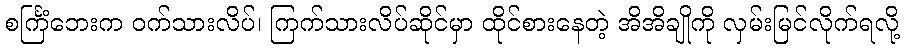
စင်္ကြံဘေးက ဝက်သားလိပ်၊ ကြက်သားလိပ်ဆိုင်မှာ ထိုင်စားနေတဲ့ အိအိချိုကို လှမ်းမြင်လိုက်ရလို့